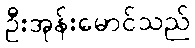
ဦးအုန်းမောင်သည်